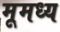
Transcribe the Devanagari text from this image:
मूमध्य